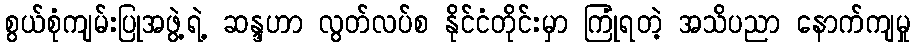
စွယ်စုံကျမ်းပြုအဖွဲ့ရဲ့ ဆန္ဒဟာ လွတ်လပ်စ နိုင်ငံတိုင်းမှာ ကြုံရတဲ့ အသိပညာ နောက်ကျမှု